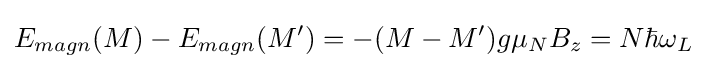
E_{magn}(M)-E_{magn}(M')=-(M-M')g\mu _{N}B_{z}=N\hbar \omega _{L}